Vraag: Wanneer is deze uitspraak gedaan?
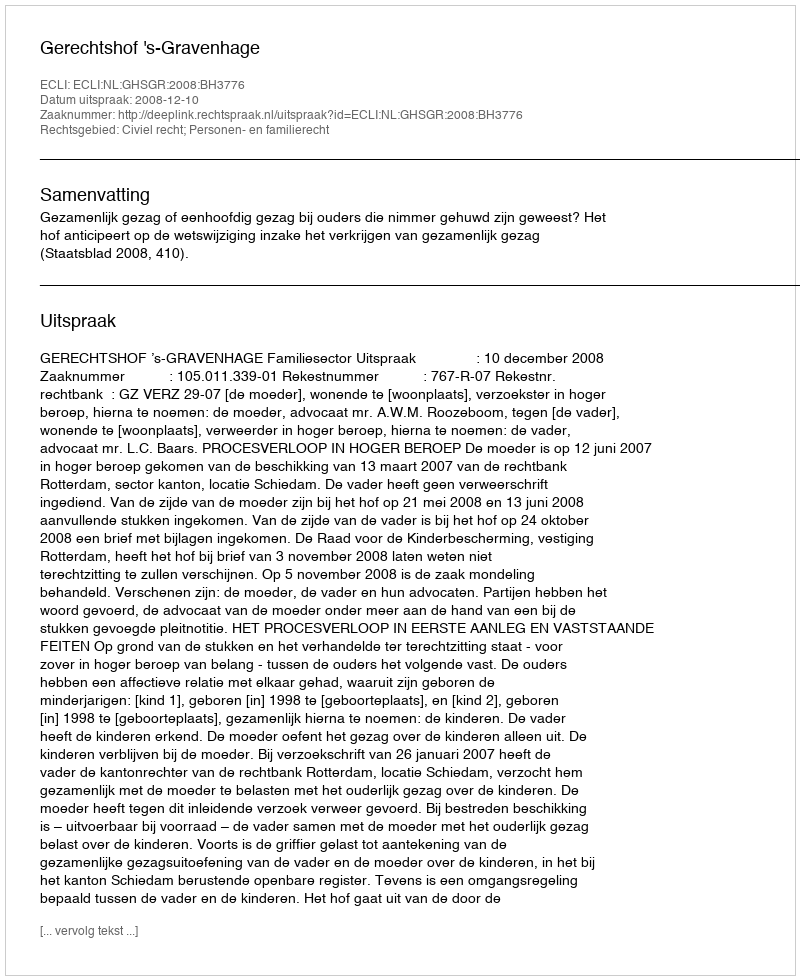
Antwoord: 2008-12-10